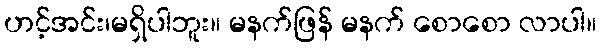
ဟင့်အင်း၊မရှိပါဘူး။ မနက်ဖြန် မနက် စောစော လာပါ။